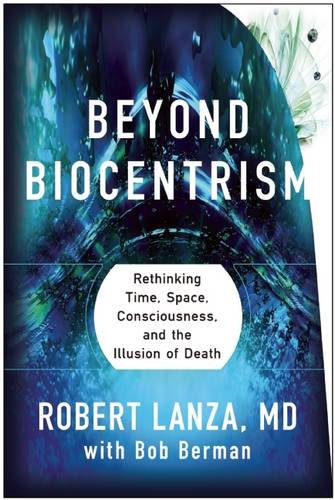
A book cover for Beyond Biocentrism: Rethinking Time, Space, Consciousness, and the Illusion of Death; Robert Lanza; Science & Math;